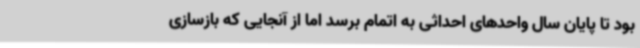
بود تا پایان سال واحدهای احداثی به اتمام برسد اما از آنجایی که بازسازی